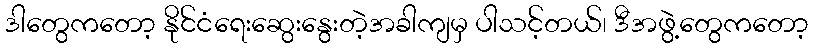
ဒါတွေကတော့ နိုင်ငံရေးဆွေးနွေးတဲ့အခါကျမှ ပါသင့်တယ်၊ ဒီအဖွဲ့တွေကတော့